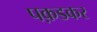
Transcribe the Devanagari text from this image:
पक़डकर